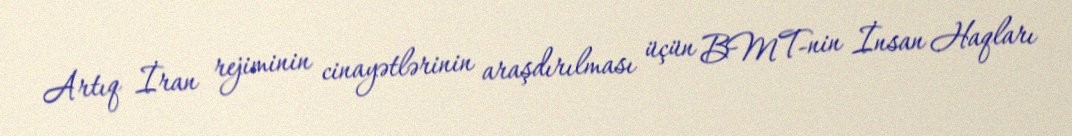
Artıq İran rejiminin cinayətlərinin araşdırılması üçün BMT-nin İnsan Haqları